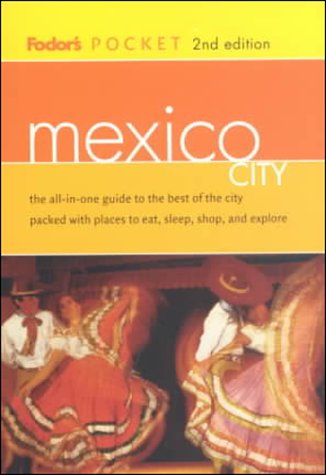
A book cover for Fodor's Pocket Mexico City, 2nd Edition: The All-in-One Guide to the Best of the City Packed with Places to Eat, Sleep, S hop and Explore (Pocket Guides); Fodor's; Travel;